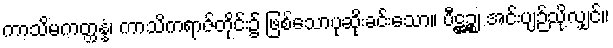
ကာသိမကတ္ထန္နံ၊ ကာသိကရာဇ်တိုင်း၌ ဖြစ်သောပုဆိုးခင်းသော။ ပီဋ္ဌဉ္စ၊ အင်းပျဉ်သို့လျှင်။